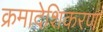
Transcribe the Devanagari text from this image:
क्रमादेशिकरण